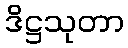
ဒိဋ္ဌသုတာ